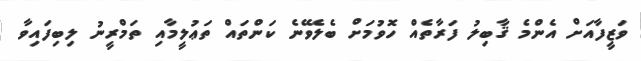
ވަޒީފާއަށް އެންމެ ޤާބިލު ފަރާތެއް ހޮވުމަށް ބެލެވޭނެ ކަންތައް ތަޢުލީމާއި ތަމްރީނު ލިބިފައިވާ